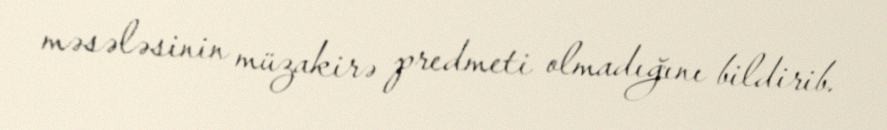
məsələsinin müzakirə predmeti olmadığını bildirib.